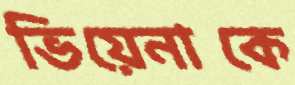
ভিয়েনাকে